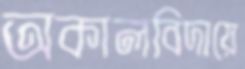
অকালবিদায়ে